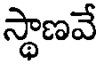
స్థాణవే